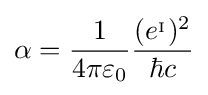
\alpha ={\frac {1}{4\pi \varepsilon _{0}}}{\frac {(e^{_{\mathrm {I} }})^{2}}{\hbar c}}